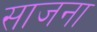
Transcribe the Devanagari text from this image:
साजना